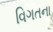
વિગતના